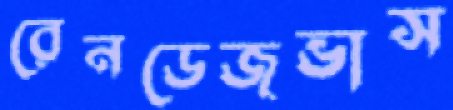
রেনডেজভাস